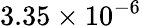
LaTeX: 3.35\times 10^{-6}